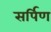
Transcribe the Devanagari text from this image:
सर्पिण